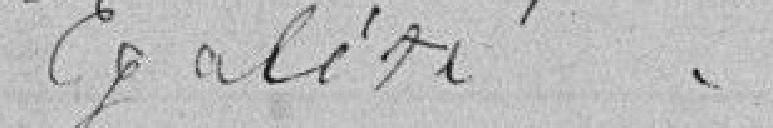
Egalité